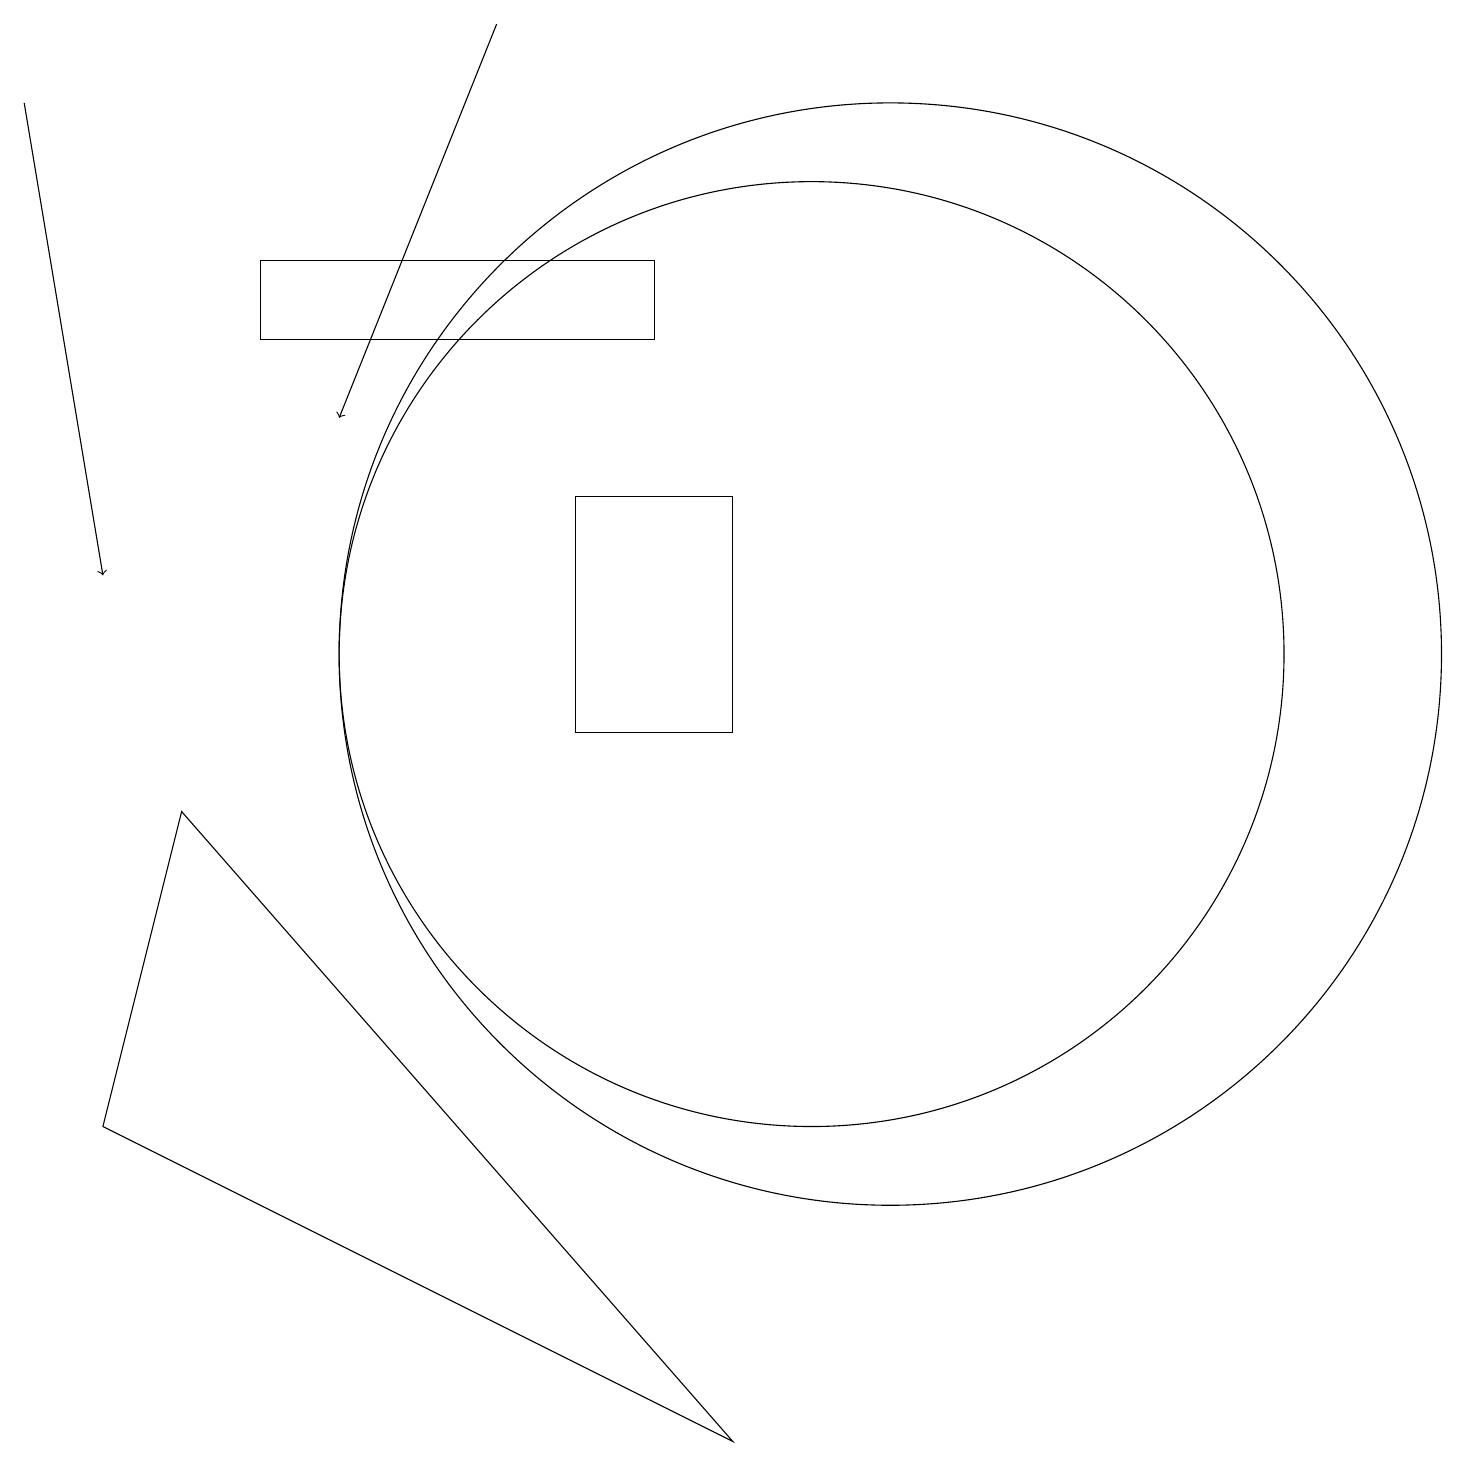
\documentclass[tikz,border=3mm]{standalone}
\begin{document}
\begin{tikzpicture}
\draw (3,15) rectangle (8,16);
\draw[->] (6,19) -- (4,14);
\draw (10,11) circle (6);
\draw (11,11) circle (7);
\draw (1,5) -- (2,9) -- (9,1) -- cycle;
\draw[->] (0,18) -- (1,12);
\draw (9,13) rectangle (7,10);
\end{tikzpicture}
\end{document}